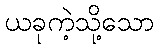
ယခုကဲ့သို့သော